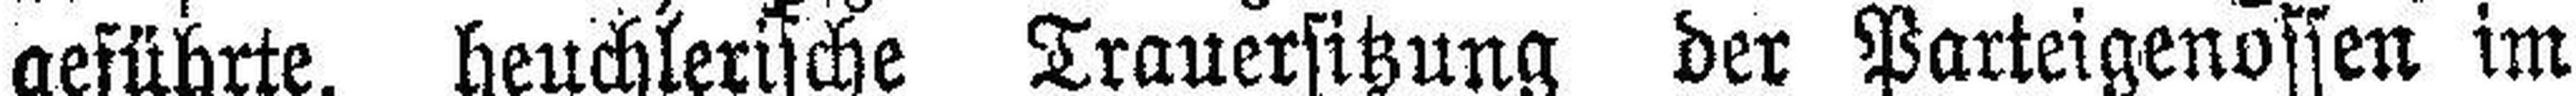
geführte, heuchlerische Trauersitzung der Parteigenossen im